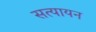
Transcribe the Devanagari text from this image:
सत्यायन